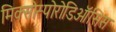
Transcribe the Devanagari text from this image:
मिक्सोस्पोरोडिऑसिस